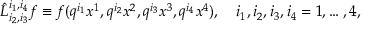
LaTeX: \hat { L } _ { i _ { 2 } , i _ { 3 } } ^ { i _ { 1 } , i _ { 4 } } f \equiv f ( q ^ { i _ { 1 } } x ^ { 1 } , q ^ { i _ { 2 } } x ^ { 2 } , q ^ { i _ { 3 } } x ^ { 3 } , q ^ { i _ { 4 } } x ^ { 4 } ) , \quad i _ { 1 } , i _ { 2 } , i _ { 3 } , i _ { 4 } = 1 , \dots , 4 ,